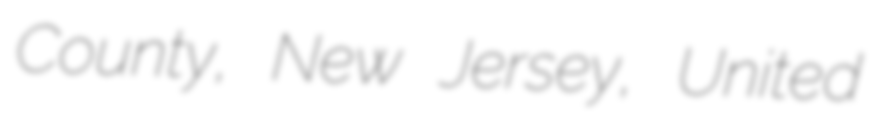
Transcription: County, New Jersey, United